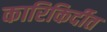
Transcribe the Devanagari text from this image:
कारिकिर्दीत